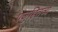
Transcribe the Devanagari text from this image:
पजुहितव्यं